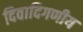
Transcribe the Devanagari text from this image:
दिवादिगणीय